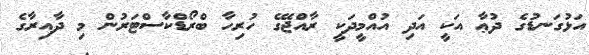
އަޅުގަނޑުގެ ދުޢާ އަކީ އަދި އުއްމީދަކީ ރާއްޖޭގެ ހުރިހާ ބްރޯޑްކާސްޓަރުން މި ދާއިރާގެ